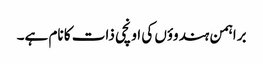
براہمن ہندوؤں کی اونچی ذات کا نام ہے۔